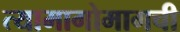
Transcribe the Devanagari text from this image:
त्यामागोमागची